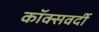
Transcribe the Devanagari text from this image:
कॉक्सवर्दी